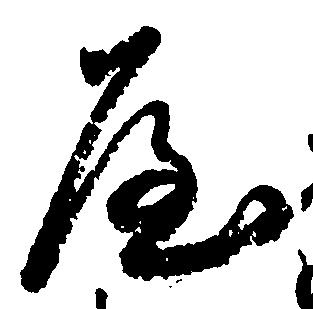
や